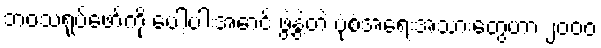
ဘဝသရုပ်ဖော်ကို ပေါ့ပါးအောင် ဖွဲ့နွဲ့တဲ့ ပုံစံအရေးအသားတွေဟာ ၂၀၀၀